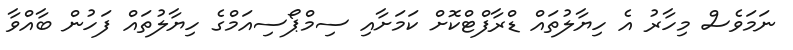
ނަަމަވެސް މިހާރު އެ ހިޔާލުތައް ޑްރާފްޓްކޮށް ކަމަށާއި ސިމްޕޯސިއަމްގެ ހިޔާލުތައް ފަހުން ބާއްވާ